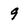
Character: 9